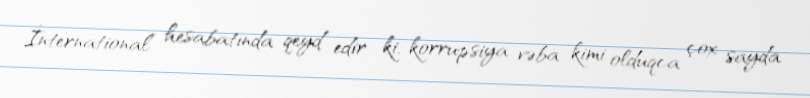
İnternational” hesabatında qeyd edir ki, korrupsiya vəba kimi olduqca çox sayda